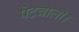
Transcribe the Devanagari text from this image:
पेटवाली।